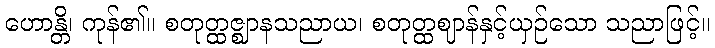
ဟောန္တိ၊ ကုန်၏။ စတုတ္ထဇ္ဈာနသညာယ၊ စတုတ္ထဈာန်နှင့်ယှဉ်သော သညာဖြင့်။